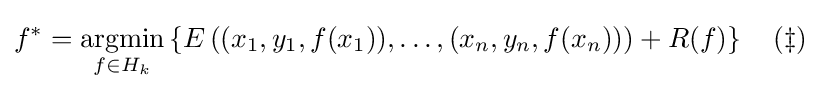
f^{*}={\underset {f\in H_{k}}{\operatorname {argmin} }}\left\lbrace E\left((x_{1},y_{1},f(x_{1})),\ldots ,(x_{n},y_{n},f(x_{n}))\right)+R(f)\right\rbrace \quad (\ddagger )